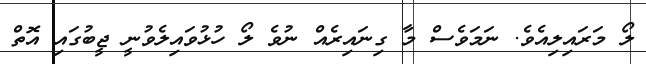
ލޯ މަރައިލިއެވެ. ނަމަވެސް މާ ގިނައިރެއް ނުވެ ލޯ ހުޅުވައިލެވުނީ ޖީބުގައި އޮތް